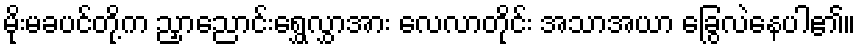
မိုးမခပင်တို့က ညှာညောင်းရွှေလွှာအား လေလာတိုင်း အသာအယာ ခြွေလဲနေပါ၏။